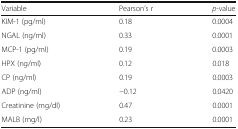
| Variable | Pearson’s r | p-value |
 | --- | --- | --- |
 | KIM-1 (pg/ml) | 0.18 | 0.0004 |
 | NGAL (ng/ml) | 0.33 | 0.0001 |
 | MCP-1 (pg/ml) | 0.19 | 0.0003 |
 | HPX (ng/ml) | 0.12 | 0.018 |
 | CP (ng/ml) | 0.19 | 0.0003 |
 | ADP (ng/ml) | −0.12 | 0.0420 |
 | Creatinine (mg/dl) | 0.47 | 0.0001 |
 | MALB (mg/l) | 0.23 | 0.0001 |